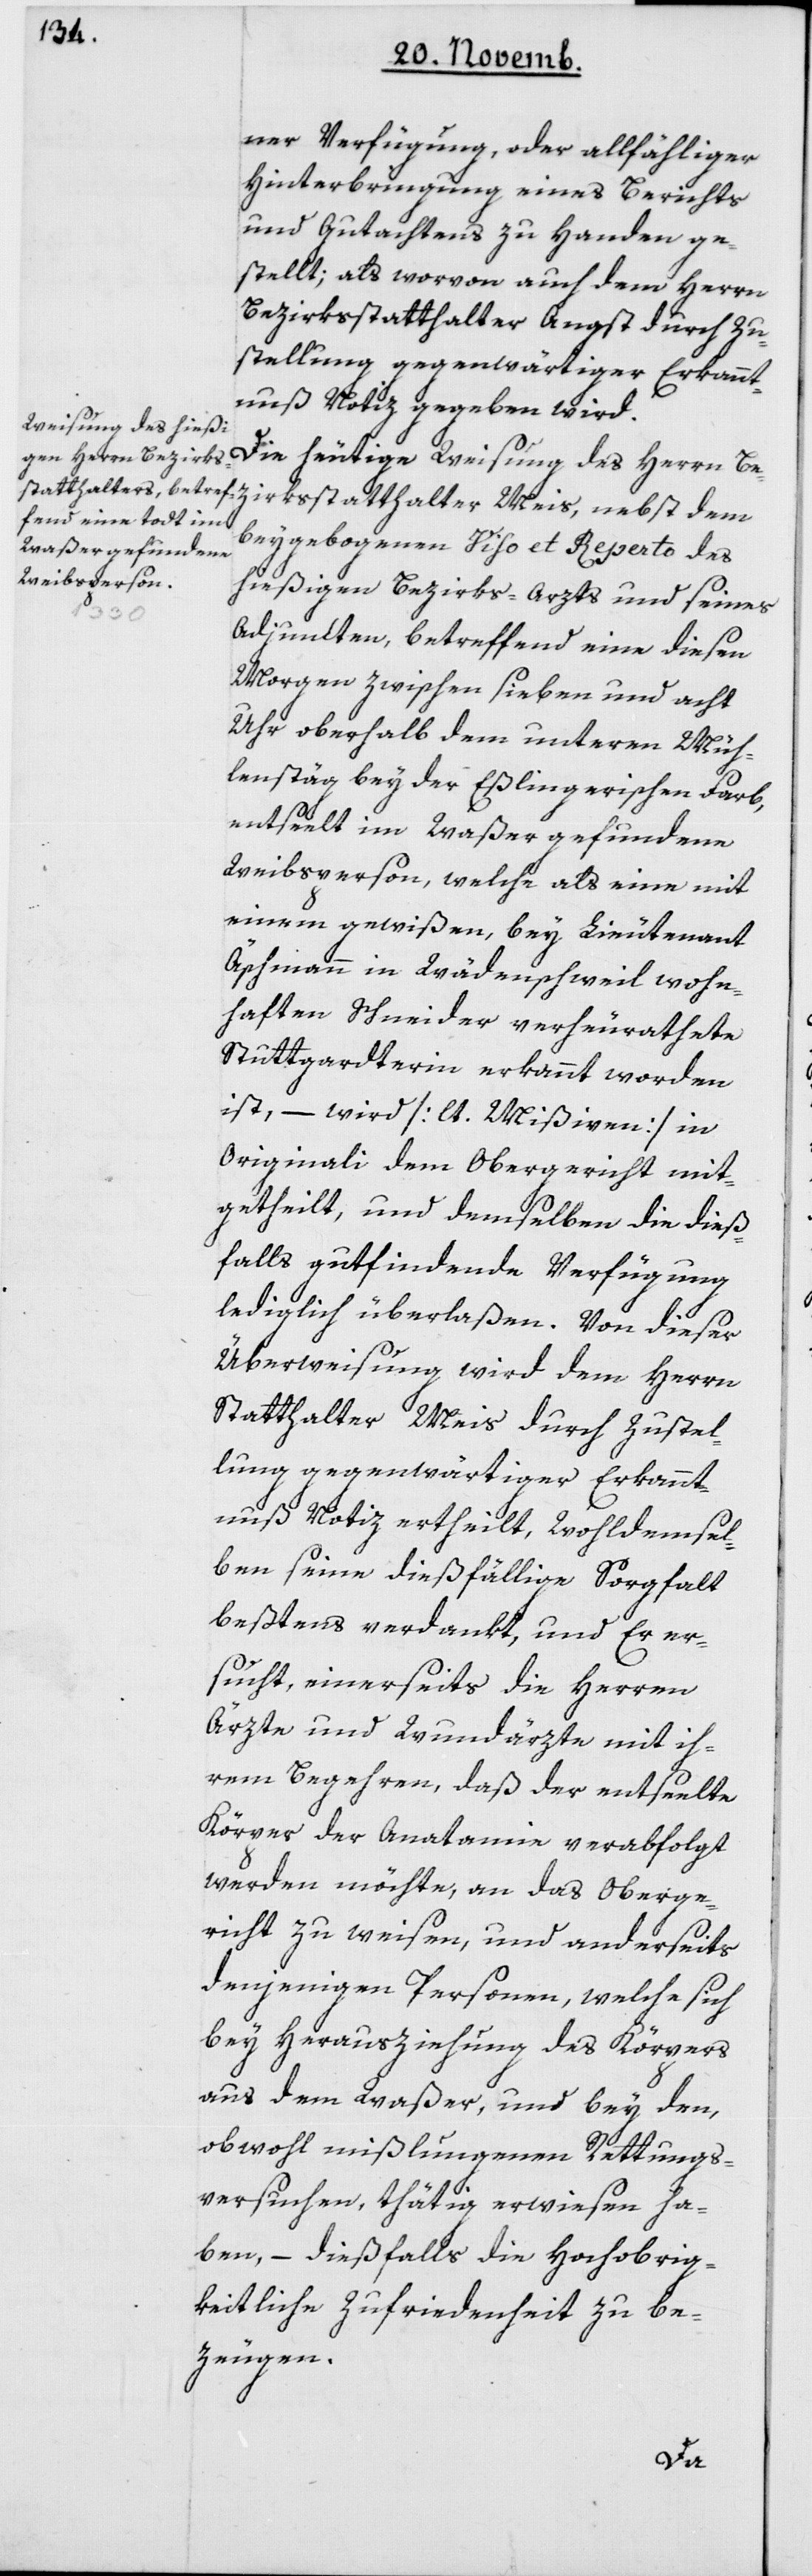
ner Verfügung oder allfälliger
Hinterbringung eines Berichts
und Gutachtens zu Handen ge¬
stellt, als worvon auch dem Herrn
Bezirksstatthalter Angst durch Zu¬
stellung gegenwärtiger Erkannt¬
nuß Notiz gegeben wird.
Die heutige Weisung des Herrn Be¬
beygebogenen Viso et Reperto des
hießigen Bezirksarzts und seines
dem
Adjunkten, betreffend eine diesen
Morgen zwischen sieben und acht
Uhr oberhalb dem unteren Müh¬
lenstäg bey der Eßlingerischen Farb,
entseelt im Waßer gefundene
Weibsperson, welche als eine mit
einem gewißen, bey Lieutenant
Äschmann in Wädenschweil wohn¬
haften Schneider verheiratete
Stuttgarterin erkannt worden
ist, – wird [lt. Mißiven] in
Originali dem Obergericht mit¬
getheilt, und demselben die dieß¬
falls gut findende Verfügung
lediglich überlaßen. Von dieser
Überweisung wird dem Herrn
Statthalter Meis durch Zustel¬
lung gegenwärtiger Erkannt¬
nuß Notiz ertheilt, wohldemsel¬
ben seine diesfällige Sorgfalt
beßtens verdankt, und er er¬
sucht, einerseits die Herren
Ärzte und Wundärzte mit ih¬
rem Begehren, daß der entseelte
Körper der Anatomie verabfolgt
werden möchte, an das Oberge¬
richt zu weisen, und anderseits
denjenigen Personen, welche sich
bey Herausziehung des Körpers
aus dem Waßer und bey den,
obwohl mißlungenen Rettungs¬
versuchen, thätig erwiesen ha¬
ben, – dießfalls die hochobrig¬
keitliche Zufriedenheit zu be¬
zeugen.
Meis,